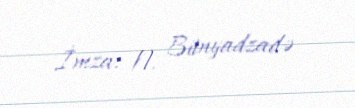
İmza: N. Bünyadzadə